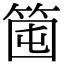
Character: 𥭒